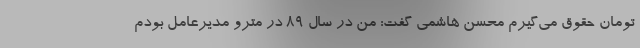
تومان حقوق می‌گیرم محسن هاشمی گفت: من در سال ۸۹ در مترو مدیرعامل بودم